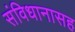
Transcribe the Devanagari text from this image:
संविधानासह